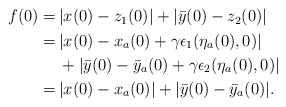
\begin{align*}\begin{aligned}f(0) =&\, |x(0)-z_1(0)|+ |\bar{y}(0)-z_2(0)|\\=& \, |x(0)-x_a(0)+\gamma \epsilon_1(\eta_a(0),0)|\\&\,+ |\bar{y}(0)-\bar{y}_a(0)+\gamma \epsilon_2(\eta_a(0),0)|\\=& \, |x(0)-x_a(0)|+ |\bar{y}(0)-\bar{y}_a(0)|.\end{aligned}\end{align*}